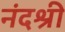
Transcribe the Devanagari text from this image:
नंदश्री